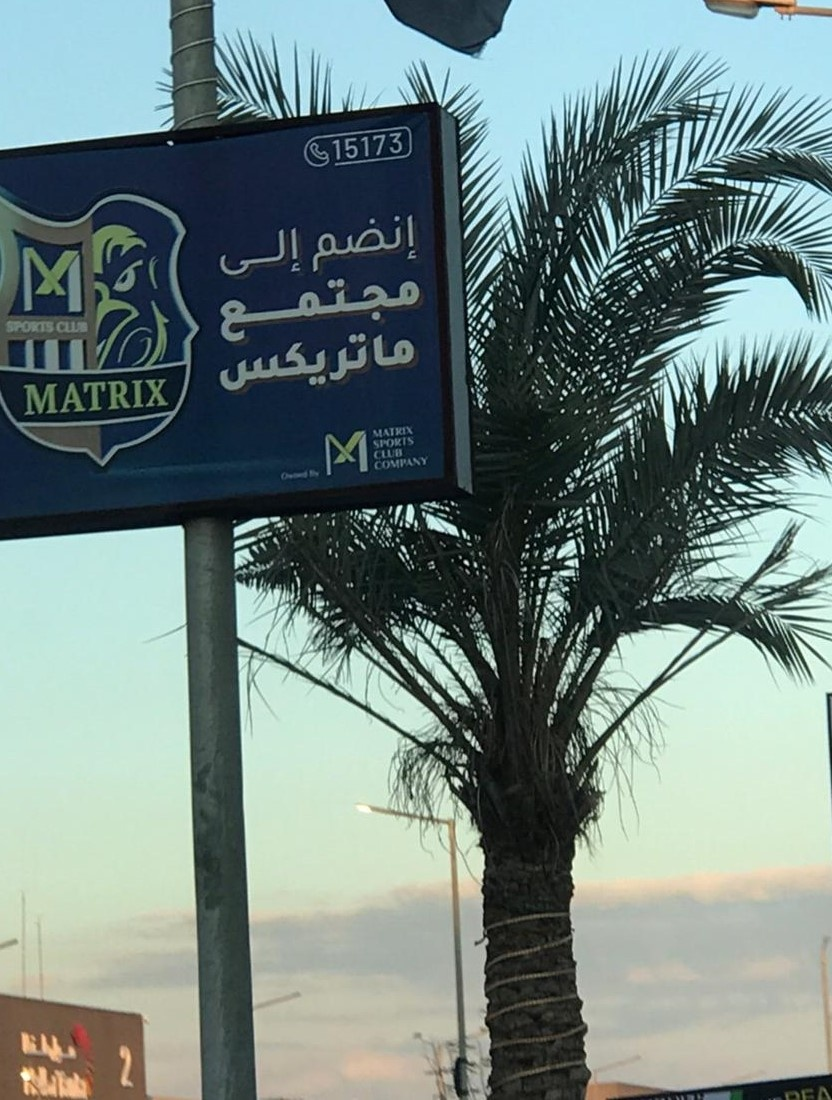
Text in image: إنضم إلى مجتمع ماتريكس 15173 MATRIX